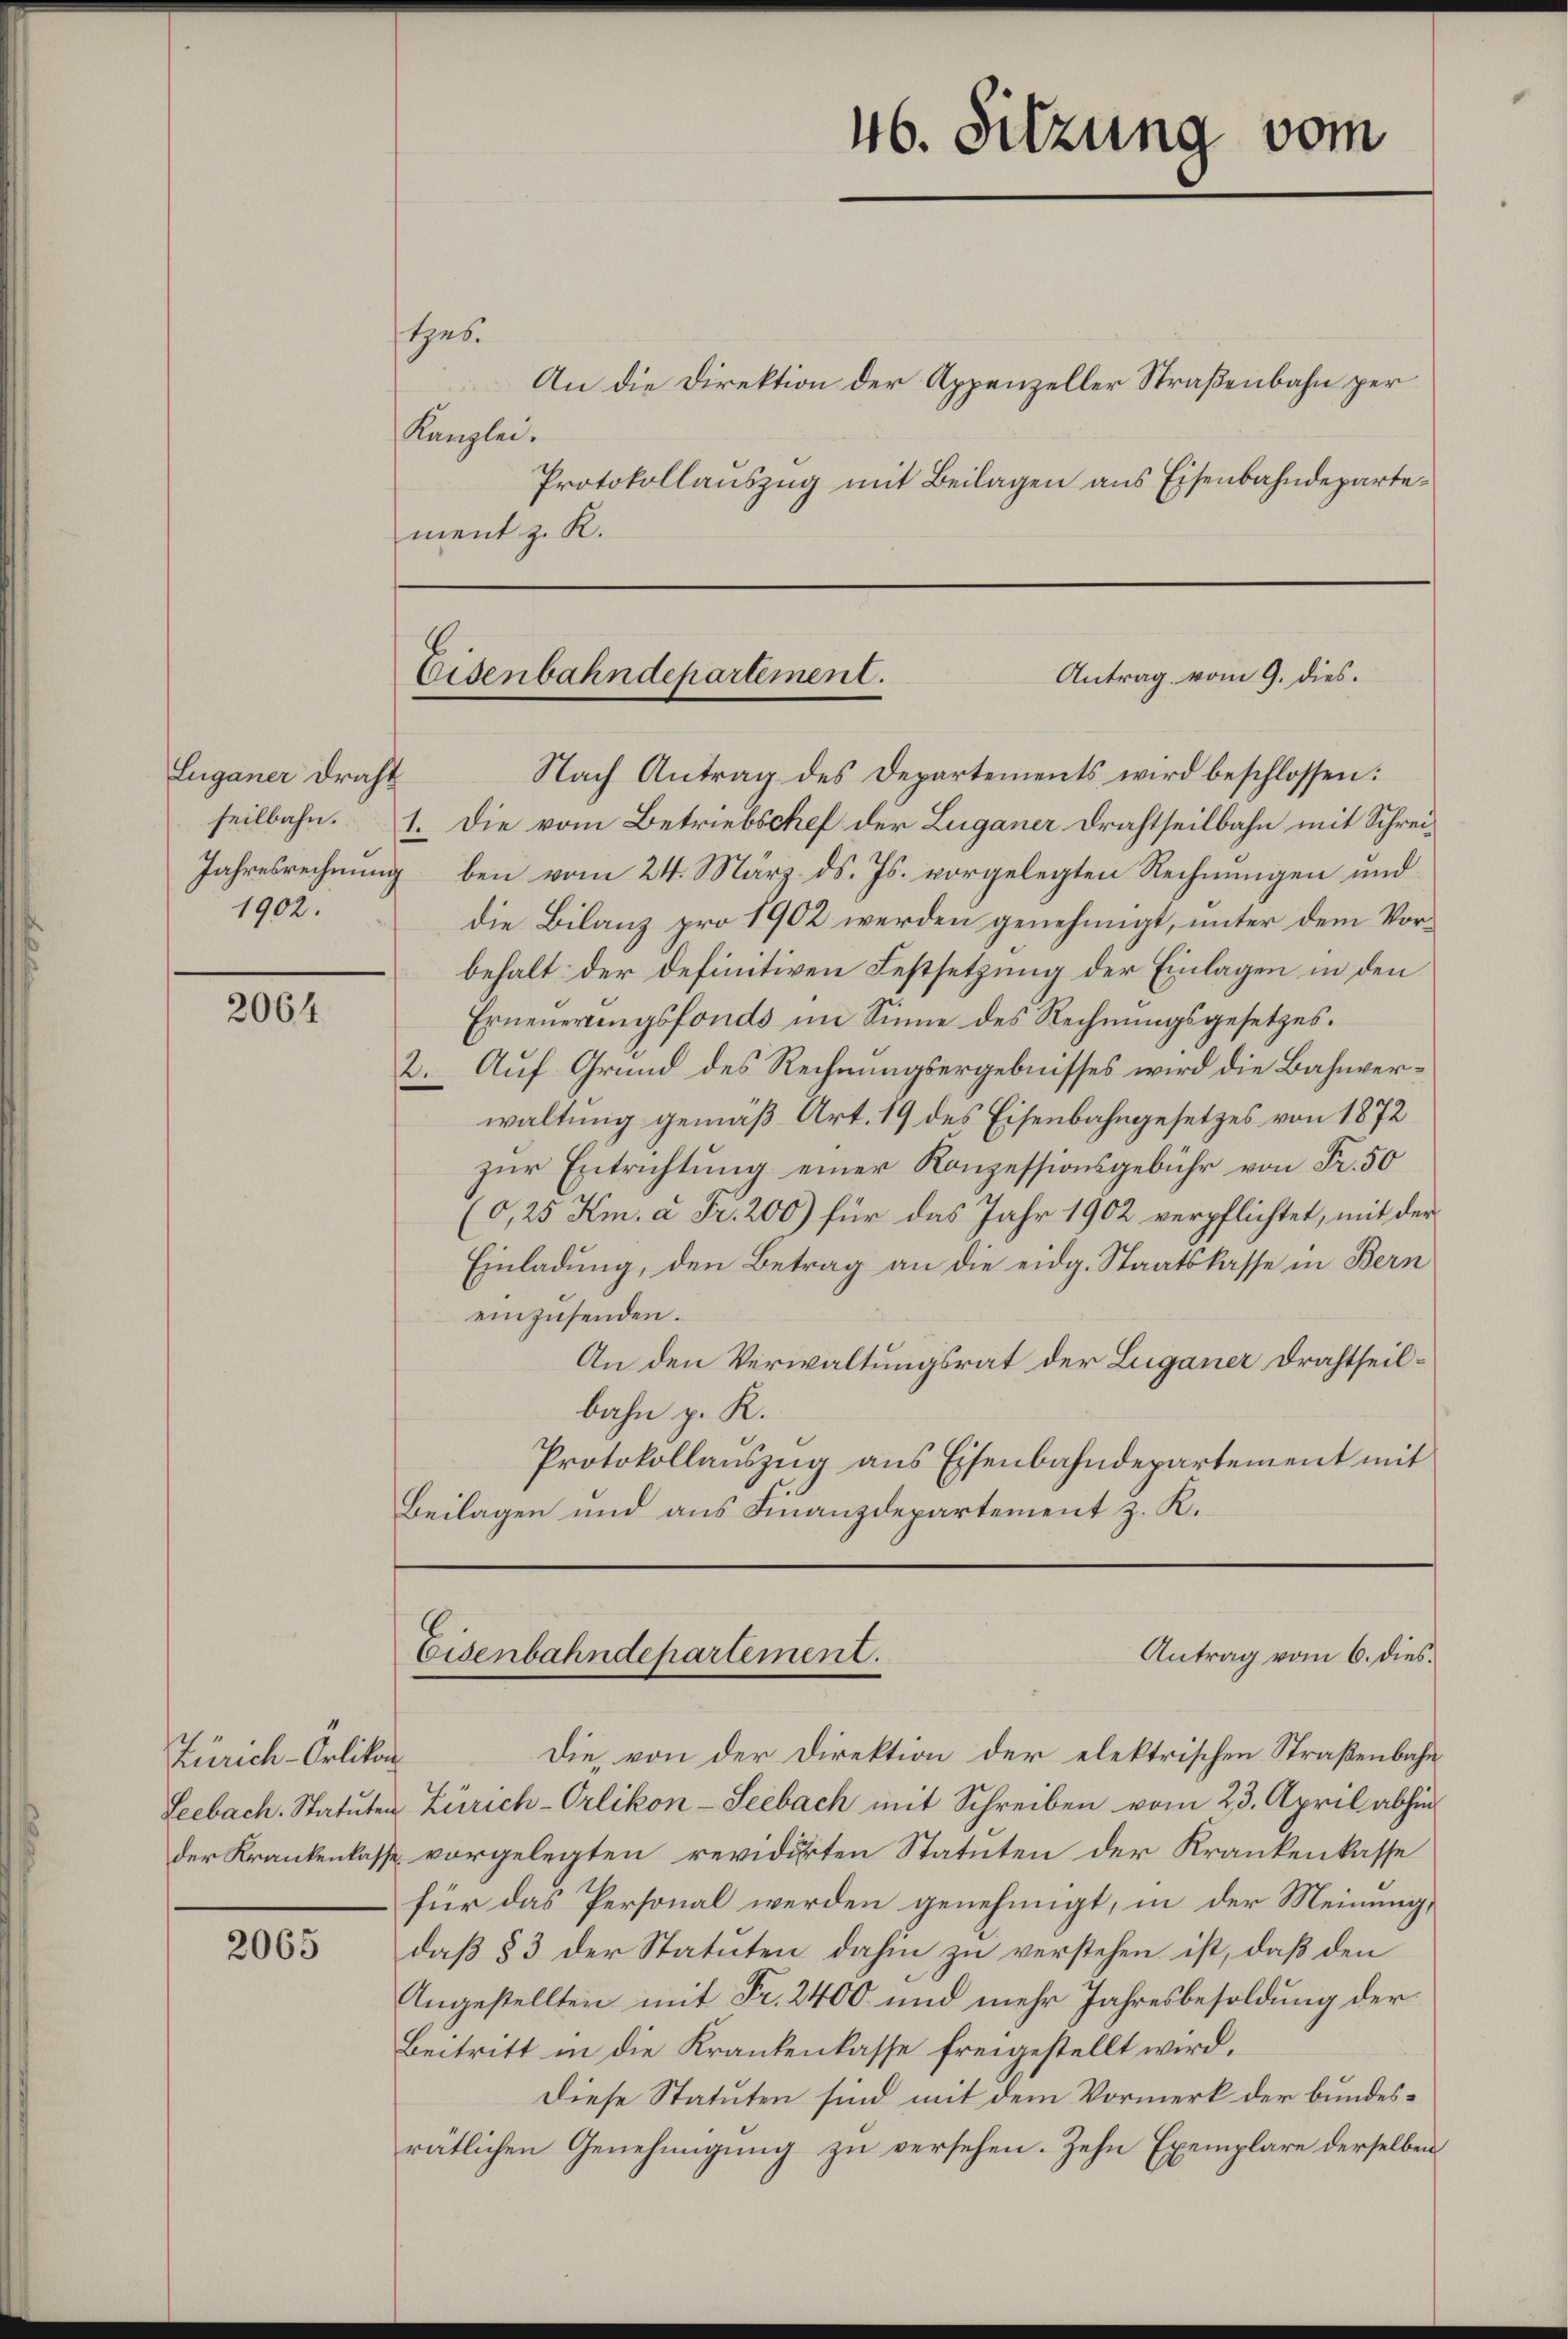
Luganer Draht
1902.

2064

Zürich-Orlikon

2065

stzes.
Kanzlei.
ment z. K.

Antrag vom 9. dies.
Eisenbahndepartement.

Nach Antrag des Departements wird beschlossen:
seilbahn. 1. Die vom Betriebschef der Luganer Drahtheilbahn mit Schrei¬
Jahresrechnung bei vom 24. März d. Js. vorgelegten Rechnungen und
die Bilanz pro 1902 werden genehmigt, unter dem Vorbehalt der definitiven Festsetzung der Einlagen in den
Erneuerungsfonds im Sinne des Rechnungsgesetzes.
2. Auf Grund des Rechnungsergebnisses wird die Bahnverwaltung gemäß Art. 19 des Eisenbahngesetzes von 1872
zur Entrichtung einer Konzessionsgebühr von Fr. 50
(0,25 Km. à Fr. 200) für das Jahr 1902 verpflichtet, mit der
Einladung, den Betrag an die eidg. Staatskasse in Bern
einzusenden.
An den Verwaltungsrat der Luganer Drahtheilbahn p. K.
Protokollauszug aus Eisenbahndepartement mit
Beilagen und aus Finanzdepartement z. K.

Eisenbahndepartement.

An die Direktion der Appenzeller Straßenbahn per
Protokollauszug mit Beilagen aus Eisenbahndeparte¬

Die, von der Direktion der elektrischen Straßenbahn
Leebach. Statuten Zürich-Orlikon-Seebach mit Schreiben vom 23. April abhin
der Krankenkasse vorgelegten revidirten Statuten der Krankenkasse
für das Personal werden genehmigt, in der Meinung,
daß § 3 der Statuten dahin zu verstehen ist, daß den
Ungestellten mit Fr. 2400 und mehr Jahresbesoldung der
Beitritt in die Krankenkasse freigestellt wird.
Diese Statuten sind mit dem Vormerk der bundesrätlichen Genehmigung zu versehen. Zehn Exemplare derselben

46. Sitzung vom

Antrag vom 6. dies.